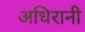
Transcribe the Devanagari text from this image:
अधिरानी